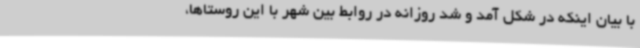
با بیان اینکه در شکل آمد و شد روزانه در روابط بین شهر با این روستاها،